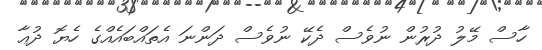
ހާސް މޭލު ދުރުން ނުވެސް ދެކޭ ނުވެސް ދަންނަ އެތައްބައެއްގެ ހެޔޮ ދުޢާ